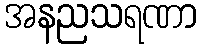
အနညသရဏာ